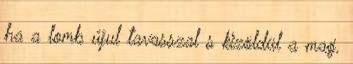
ha a lomb újul tavasszal s kizöldül a mag.